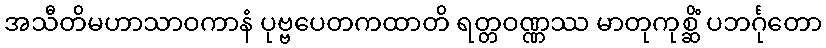
အသီတိမဟာသာဝကာနံ ပုဗ္ဗပေတကထာတိ ရတ္တဝဏ္ဏဿ မာတုကုစ္ဆိံ ပဘင်္ဂုတော